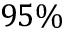
9 5 \%